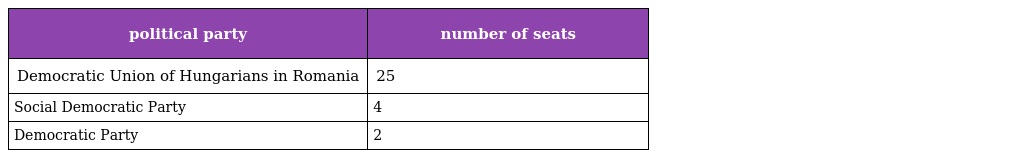
| political party | number of seats |
 | --- | --- |
 | Democratic Union of Hungarians in Romania | 25 |
 | Social Democratic Party | 4 |
 | Democratic Party | 2 |